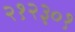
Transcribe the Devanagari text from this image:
२१२३०१